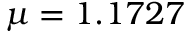
\mu = 1 . 1 7 2 7